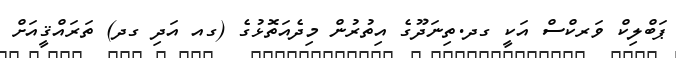
ޕަބްލިކް ވަރކްސް އަކީ ގދ.ތިނަދޫގެ އިތުރުން މިދެއަތޮޅުގެ (ގއ އަދި ގދ) ތަރައްޤީއަށް